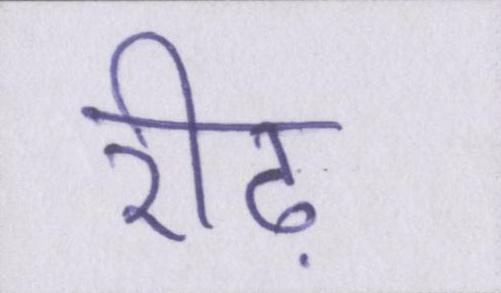
रीढ़